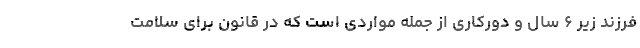
فرزند زیر ۶ سال و دورکاری از جمله مواردی است که در قانون برای سلامت